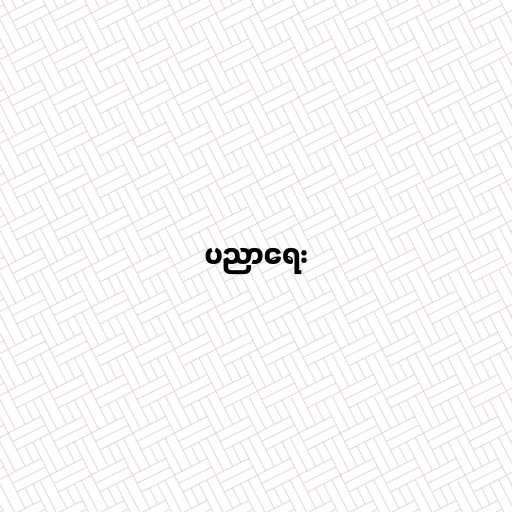
ပညာရေး